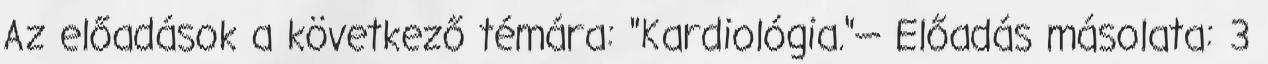
Az előadások a következő témára: "Kardiológia."— Előadás másolata: 3